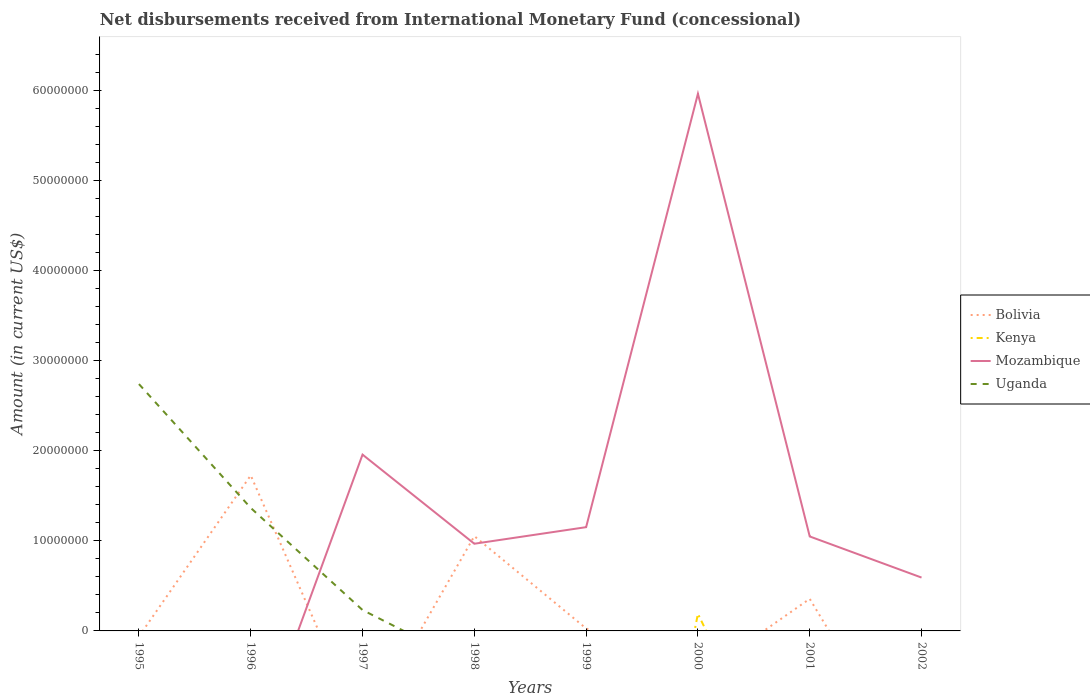
| Years | Bolivia | Kenya | Mozambique | Uganda |
 | --- | --- | --- | --- | --- |
 | 1995 | -6.12e+05 | -3.91e+07 | -1.43e+07 | 2.74e+07 |
 | 1996 | 1.73e+07 | -2.46e+07 | -1.44e+07 | 1.37e+07 |
 | 1997 | -1.12e+07 | -6.73e+07 | 1.96e+07 | 2.32e+06 |
 | 1998 | 1.05e+07 | -6.25e+07 | 9.68e+06 | -3.96e+06 |
 | 1999 | 2.72e+05 | -5.98e+07 | 1.15e+07 | -8.29e+05 |
 | 2000 | -5.1e+06 | 1.9e+06 | 5.96e+07 | -9.65e+06 |
 | 2001 | 3.56e+06 | -2.37e+07 | 1.05e+07 | -3.31e+06 |
 | 2002 | -1.71e+07 | -1.82e+07 | 5.92e+06 | -1.7e+07 |